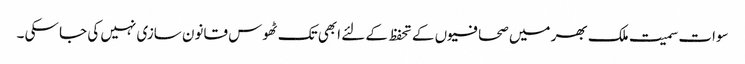
سوات سمیت ملک بھر میں صحافیوں کے تحفظ کے لئے ابھی تک ٹھوس قانون سازی نہیں کی جا سکی ۔